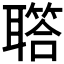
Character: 𦗧